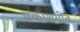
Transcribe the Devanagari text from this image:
प्रकाशगीत